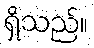
ရှိသည်။